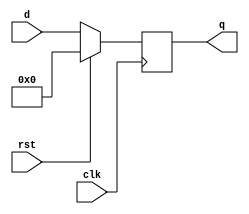
module REG(d, q, clk, rst);
	input [5:0] d;
	input clk, rst;
	output reg [5:0] q;
	
	always @ (posedge clk) begin
		q <= ~rst ? d : 1'b0;
	end
endmodule